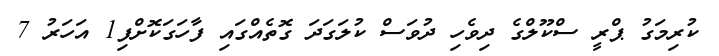
ކުރިމަގު ޕްރީ ސްކޫލްގެ ދިވެހި ދުވަސް ކުލަގަދަ ގޮތެއްގައި ފާހަގަކޮށްފި1 އަހަރު 7